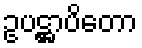
ဥပဋ္ဌာပိတော